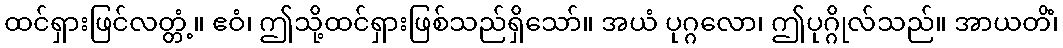
ထင်ရှားဖြင်လတ္တံ့။ ဧဝံ၊ ဤသို့ထင်ရှားဖြစ်သည်ရှိသော်။ အယံ ပုဂ္ဂလော၊ ဤပုဂ္ဂိုလ်သည်။ အာယတိံ၊